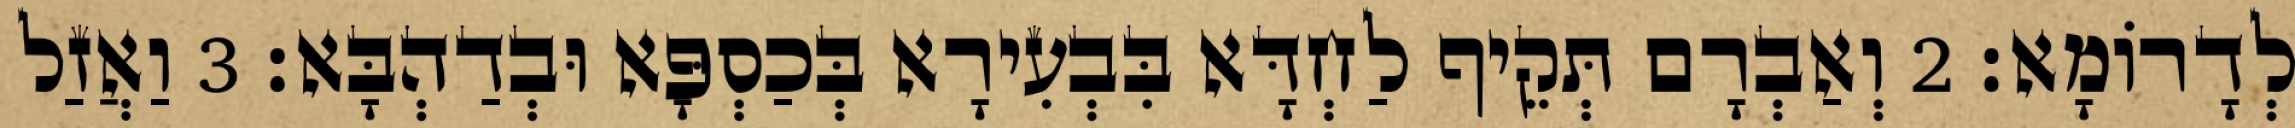
לְדָרוֹמָא׃ 2 וְאַבְרָם תְּקֵיף לַחְדָּא בִּבְעִירָא בְּכַסְפָּא וּבְדַהְבָּא׃ 3 וַאֲזַל